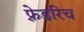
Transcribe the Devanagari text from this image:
फ़्रेडरिच